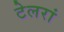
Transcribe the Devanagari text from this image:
टेलरां